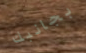
بجانبك